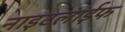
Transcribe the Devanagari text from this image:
नाइटलाईफ